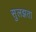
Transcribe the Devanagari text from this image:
सुलझता